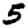
Digit: 5